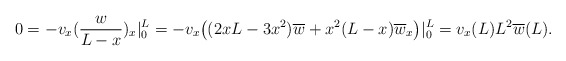
\begin{align*}0=-v_x (\frac{w}{L-x})_x \vert _0^L = -v_x \big( (2xL-3x^2)\overline{w} + x^2 (L-x)\overline{w}_x \big)\vert _0^L = v_x(L)L^2\overline{w}(L). \end{align*}